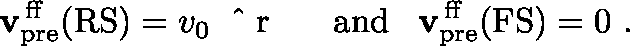
{ \mathbf { v } } _ { \mathrm { p r e } } ^ { \mathrm { \, f f } } ( \mathrm { R S } ) = v _ { 0 } { \mathrm { ~ \boldmath ~ \hat { ~ } { ~ r ~ } ~ \unboldmath ~ } } \; \; \; \mathrm { a n d } \; \; \; { \mathbf { v } } _ { \mathrm { p r e } } ^ { \mathrm { \, f f } } ( \mathrm { F S } ) = 0 \ .